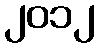
၂၀၁၂